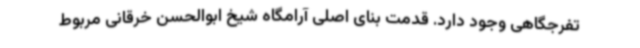
تفرجگاهی وجود دارد. قدمت بنای اصلی آرامگاه شیخ ابوالحسن خرقانی مربوط